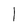
Character: I